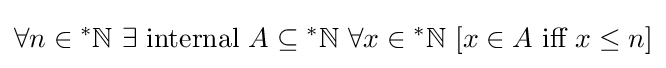
\forall n\in {^{*}\mathbb {N} }\ \exists {\text{ internal }}A\subseteq {^{*}\mathbb {N} }\ \forall x\in {^{*}\mathbb {N} }\ [x\in A{\text{ iff }}x\leq n]